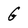
Character: g